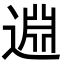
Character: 𨓯